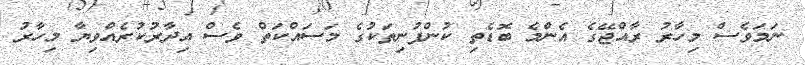
ނަމަވެސް މިހާރު ރާއްޖޭގެ އެންމެ ބޮޑެތި ކުންފުނިތަކުގެ މަސައްކަތް ވެސް އިދާރުކުރެއްވިޔާ މިހާރު